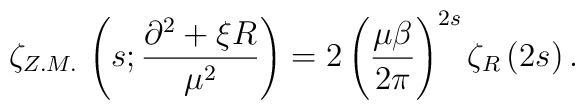
\zeta _{Z.M.}\, \left( s;\frac{\partial ^{2}+\xi R}{\mu ^{2}}\right) =2\left( \frac{\mu \beta }{2\pi }\right) ^{2s}\zeta _{R}\left( 2s\right) .